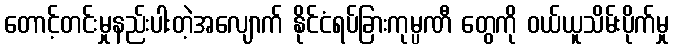
တောင့်တင်းမှုနည်းပါးတဲ့အလျောက် နိုင်ငံရပ်ခြားကုမ္ပဏီ တွေကို ဝယ်ယူသိမ်းပိုက်မှု